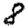
Digit: 8